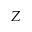
Z